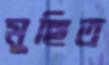
মুছিত